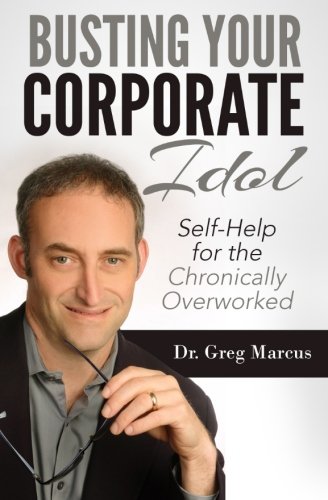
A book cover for Busting Your Corporate Idol: Self-Help for the Chronically Overworked; Greg Marcus; Business & Money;